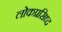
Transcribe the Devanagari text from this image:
लोकप्रसिध्द